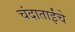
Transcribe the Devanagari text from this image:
चंदाताईंचे